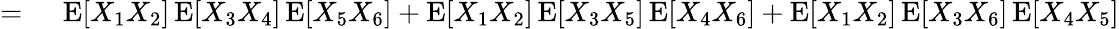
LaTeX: \begin{array}{rl}{={}}&{{}\operatorname{E}[X_{1}X_{2}]\operatorname{E}[X_{3}X_{4}]\operatorname{E}[X_{5}X_{6}]+\operatorname{E}[X_{1}X_{2}]\operatorname{E}[X_{3}X_{5}]\operatorname{E}[X_{4}X_{6}]+\operatorname{E}[X_{1}X_{2}]\operatorname{E}[X_{3}X_{6}]\operatorname{E}[X_{4}X_{5}]}\end{array}